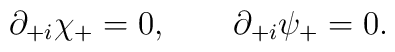
\partial_{+i} \chi_+ = 0, \qquad \partial_{+i} \psi_+ = 0.